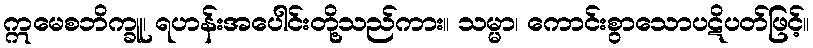
ဣမေစဘိက္ခူ၊ ရဟန်းအပေါင်းတို့သည်ကား။ သမ္မာ၊ ကောင်းစွာသောပဋိပတ်ဖြင့်။